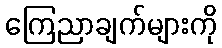
ကြေညာချက်များကို